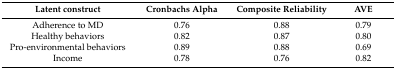
<table><thead><tr><td><b>Latent construct</b></td><td><b>Cronbachs Alpha</b></td><td><b>Composite Reliability</b></td><td><b>AVE</b></td></tr></thead><tbody><tr><td>Adherence to MD</td><td>0.76</td><td>0.88</td><td>0.79</td></tr><tr><td>Healthy behaviors</td><td>0.82</td><td>0.87</td><td>0.80</td></tr><tr><td>Pro-environmental behaviors</td><td>0.89</td><td>0.88</td><td>0.69</td></tr><tr><td>Income</td><td>0.78</td><td>0.76</td><td>0.82</td></tr></tbody></table>